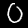
Digit: 0